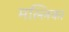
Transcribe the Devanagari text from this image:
मल्‍लिका